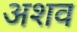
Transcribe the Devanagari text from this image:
अशव